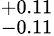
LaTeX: ^{+0.11}_{-0.11}